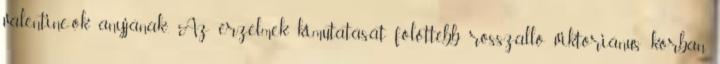
valentine-ok anyjának”. Az érzelmek kimutatását fölöttébb rosszalló viktoriánus korban